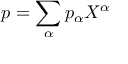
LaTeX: p = \sum _ { \alpha } p _ { \alpha } X ^ { \alpha }